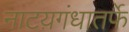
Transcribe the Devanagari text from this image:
नाटय़गंधातर्फे